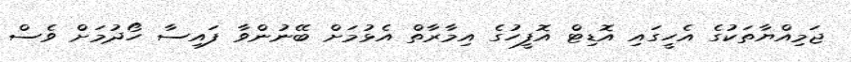
ޖަމިއްޔާތަކުގެ އެހީގައި އޮޑިޓް އޮފީހުގެ އިމާރާތް އެޅުމަށް ބޭނުންވާ ފައިސާ ހޯދުމަށް ވެސް